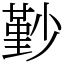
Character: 㝻